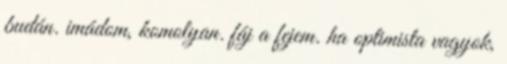
budán. imádom, komolyan. fáj a fejem. ha optimista vagyok,